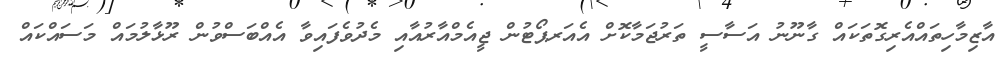
އާޒިމާހިތައްއެރިގޮތަކައް ގާނޫނު އަސާސީ ތަރުޖަމާކޮށް އެއަރޕޯޓުން ޖީއެމްއާރުއާއި މެދުވެފައިވާ އެއްބަސްވުން ރޫޅާލުމައް މަސައްކައް